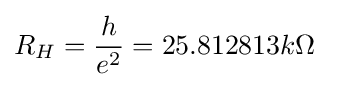
R_{H}={\frac {h}{e^{2}}}=25.812813k\Omega \